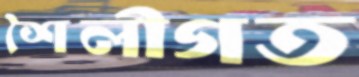
শৈলীগত